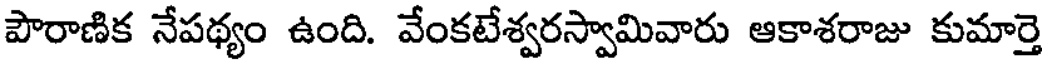
పౌరాణిక నేపథ్యం ఉంది. వేంకటేశ్వరస్వామివారు ఆకాశరాజు కుమార్తె